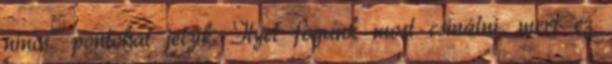
nincs" pontokat jelzik. Ilyet fogunk most csinálni, mert ez